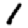
Digit: 1